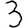
Digit: 3